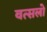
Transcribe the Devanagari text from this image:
वत्सलो